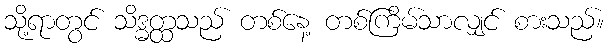
သို့ရာတွင် သိဒ္ဓတ္ထသည် တစ်နေ့ တစ်ကြိမ်သာလျှင် စားသည်။